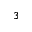
3